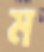
ম